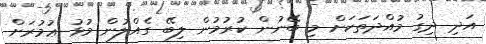
އަދި ދިގު މުއްދަތަކަށް މި ބޭނުން ކުރުމުން ލިބޭ ގެއްލުން މުޅު ޢުމުރަށް